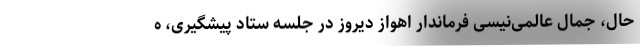
حال، جمال عالمی‌نیسی فرماندار اهواز دیروز در جلسه ستاد پیشگیری، ه